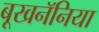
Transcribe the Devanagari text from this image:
बूखनॅनिया